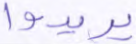
يريدوا